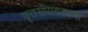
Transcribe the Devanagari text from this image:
वृत्तसंपादकाचा